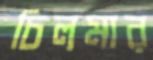
চিলমার